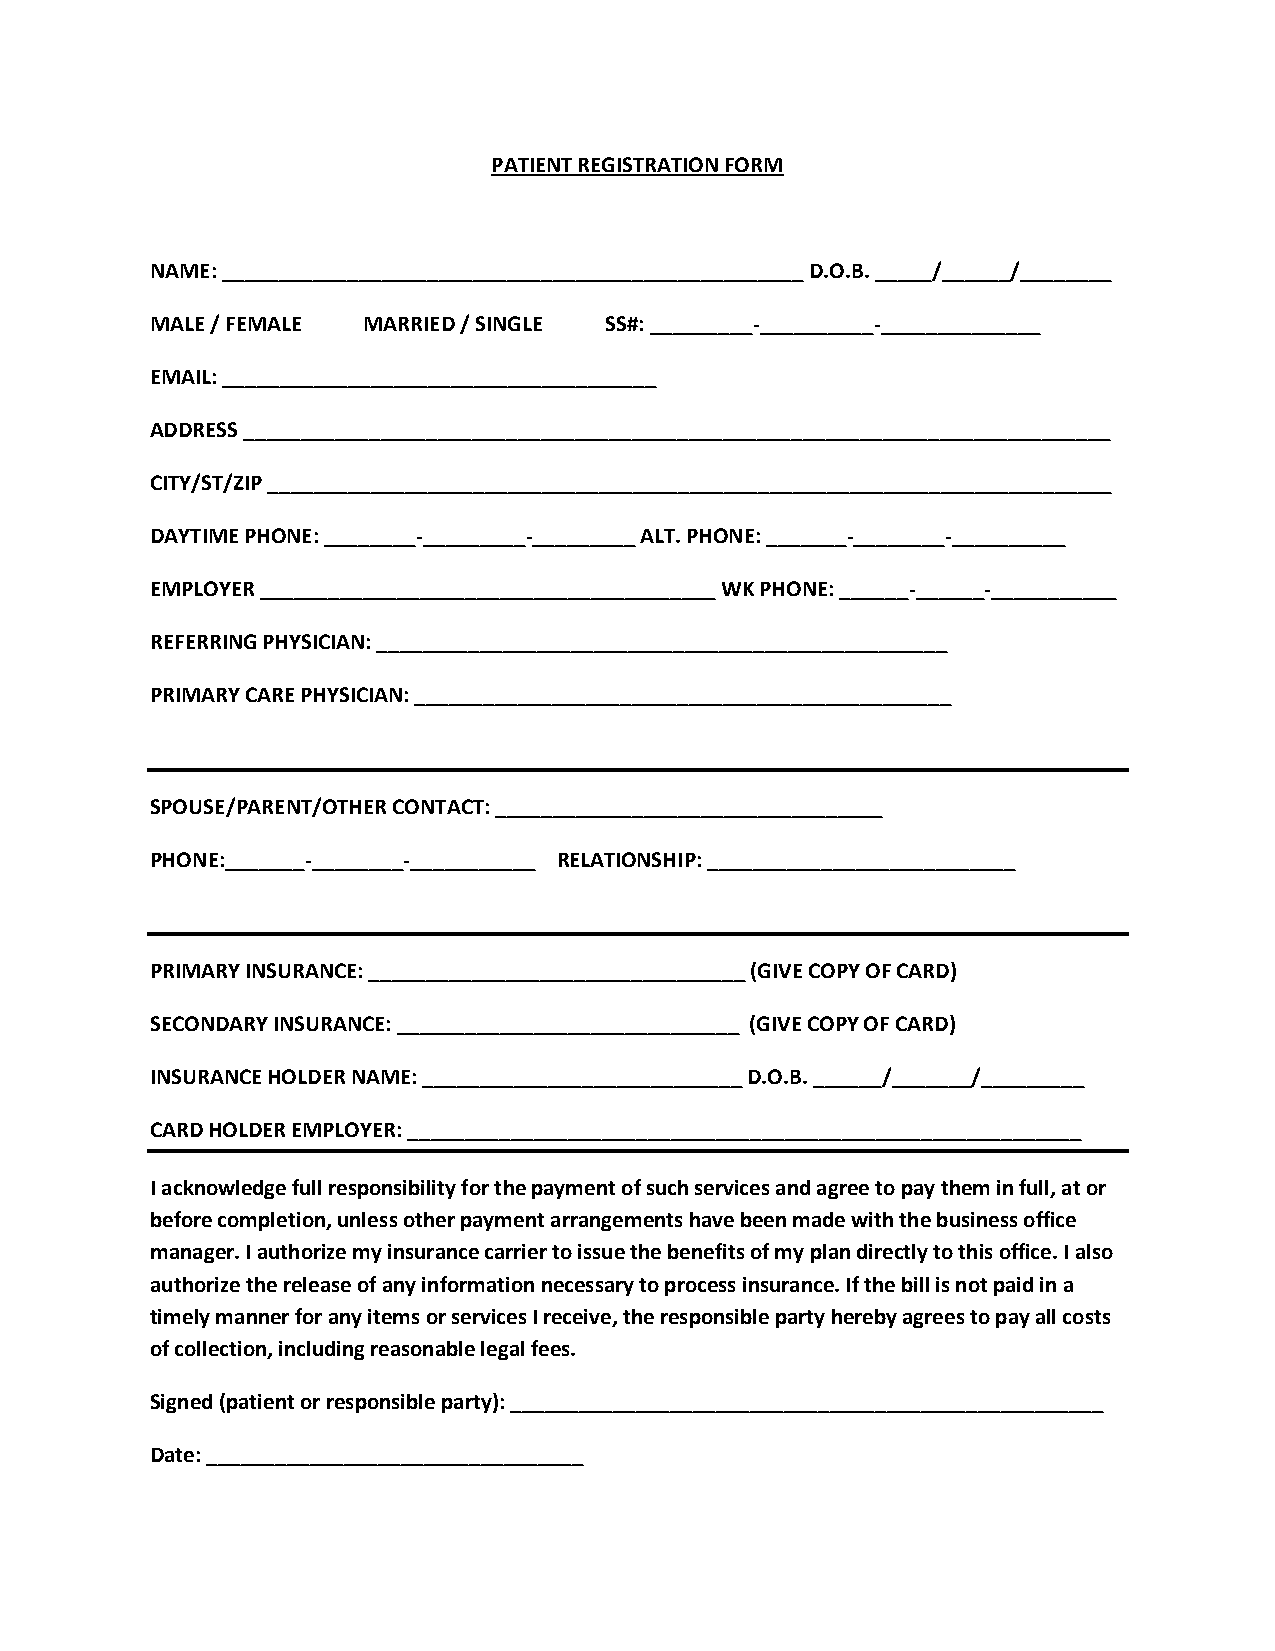
PATIENT REGISTRATION FORM
 NAME: ___________________________________________________ D.O.B. _____/______/________
 MALE / FEMALE MARRIED / SINGLE SS#: _________-__________-______________
 EMAIL: ______________________________________
 ADDRESS ____________________________________________________________________________
 CITY/ST/ZIP __________________________________________________________________________
 DAYTIME PHONE: ________-_________-_________ ALT. PHONE: _______-________-__________
 EMPLOYER ________________________________________ WK PHONE: ______-______-___________
 REFERRING PHYSICIAN: __________________________________________________
 PRIMARY CARE PHYSICIAN: _______________________________________________
 SPOUSE/PARENT/OTHER CONTACT: __________________________________
 PHONE:_______-________-___________ RELATIONSHIP: ___________________________
 PRIMARY INSURANCE: _________________________________ (GIVE COPY OF CARD)
 SECONDARY INSURANCE: ______________________________ (GIVE COPY OF CARD)
 INSURANCE HOLDER NAME: ____________________________ D.O.B. ______/_______/_________
 CARD HOLDER EMPLOYER: ___________________________________________________________
 I acknowledge full responsibility for the payment of such services and agree to pay them in full, at or
 before completion, unless other payment arrangements have been made with the business office
 manager. I authorize my insurance carrier to issue the benefits of my plan directly to this office. I also
 authorize the release of any information necessary to process insurance. If the bill is not paid in a
 timely manner for any items or services I receive, the responsible party hereby agrees to pay all costs
 of collection, including reasonable legal fees.
 Signed (patient or responsible party): ____________________________________________________
 Date: _________________________________